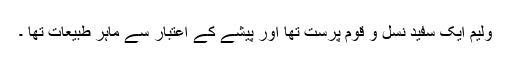
ولیم ایک سفید نسل و قوم پرست تھا اور پیشے کے اعتبار سے ماہر طبیعات تھا ۔